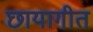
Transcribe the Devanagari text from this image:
छायागीत